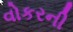
વોકરની